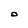
Character: O